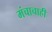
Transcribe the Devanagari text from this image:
मंचाचाही